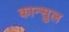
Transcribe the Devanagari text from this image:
कान्सुल